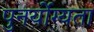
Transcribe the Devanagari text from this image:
पुनर्योग्यता